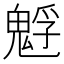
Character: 𩳎